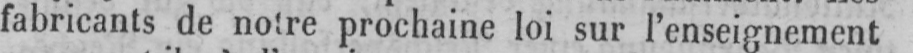
fabricants de notre prochaine loi sur l’enseignement